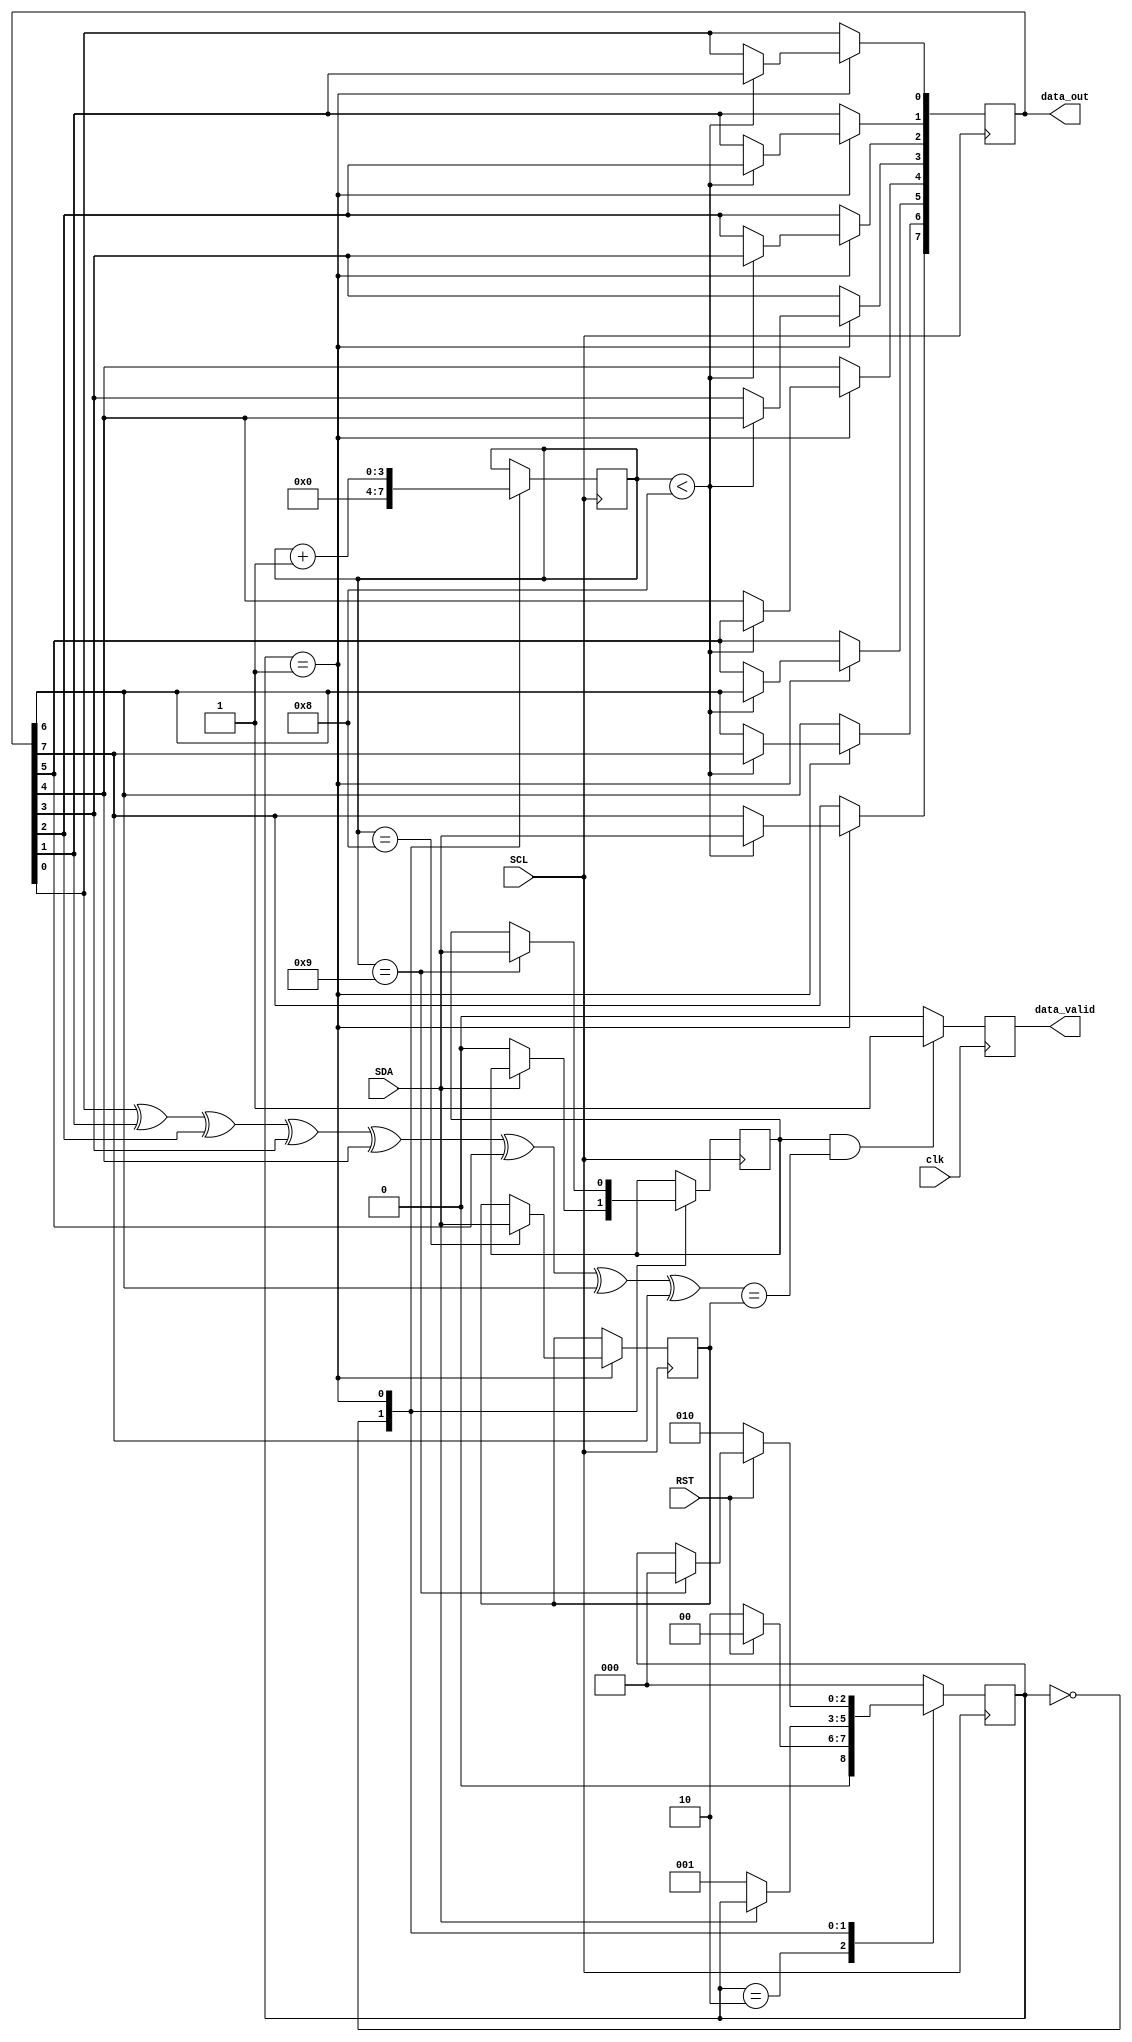
module Modul_PS2(clk, RST, SCL, SDA, data_valid, data_out);

 input clk;
 input RST;
 input SDA;
 input SCL;

 output reg       data_valid;
 output reg [7:0] data_out;

 reg [2:0] stare;
 reg [3:0] nr_bit; 
 reg       bit_stop;
 wire      paritate;
 reg       paritate_in;
 reg		  da;

 parameter running = 1;
 parameter idle = 0;
 parameter reset = 2;

 assign paritate = (data_out[0] ^ data_out[1] ^ data_out[2] ^ data_out[3] ^ data_out[4] ^ data_out[5] ^ data_out[6] ^ data_out[7]);

 always @(posedge clk)
 begin
    if( (bit_stop == 1) && (paritate == paritate_in) )
    begin
        data_valid <= 1;
    end
    else 
        data_valid <= 0;
 end

 always @(negedge SCL)
 begin
    case(stare)

        reset:
        begin
            if(RST == 0)
                stare = reset;
            else
                stare = idle;
            
        end

        idle:
        begin
            if(SDA == 0)
            begin
					 bit_stop = 0;
                stare = running;
            end
            nr_bit <= 4'b0000;
        end
        
        running:
        begin
            if(nr_bit < 8)
            begin
                data_out[7] <= SDA;
                data_out[0] <= data_out[1];
                data_out[1] <= data_out[2];
                data_out[2] <= data_out[3];
                data_out[3] <= data_out[4];
                data_out[4] <= data_out[5];
                data_out[5] <= data_out[6];
                data_out[6] <= data_out[7];
            end
                
            if(nr_bit == 8)
                paritate_in <= SDA;
            
            if(nr_bit == 9)
            begin
                bit_stop <= SDA;
                stare = idle;
            end

            nr_bit = nr_bit + 1;
            
            if(RST == 0)
                stare = reset;
        end

        default: stare = idle;
    endcase
 end

endmodule